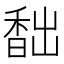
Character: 䭯